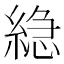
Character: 𮈮